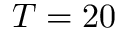
T = 2 0